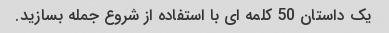
یک داستان 50 کلمه ای با استفاده از شروع جمله بسازید.